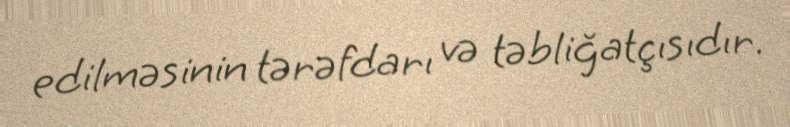
edilməsinin tərəfdarı və təbliğatçısıdır.